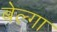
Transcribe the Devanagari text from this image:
बेल्गा